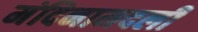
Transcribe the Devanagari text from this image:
मंदिनामदली